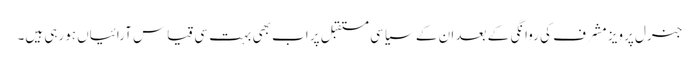
جنرل پرویز مشرف کی روانگی کے بعد ان کے سیاسی مستقبل پر اب بھی بہت سی قیاس آرائیاں ہورہی ہیں۔